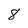
Character: 8